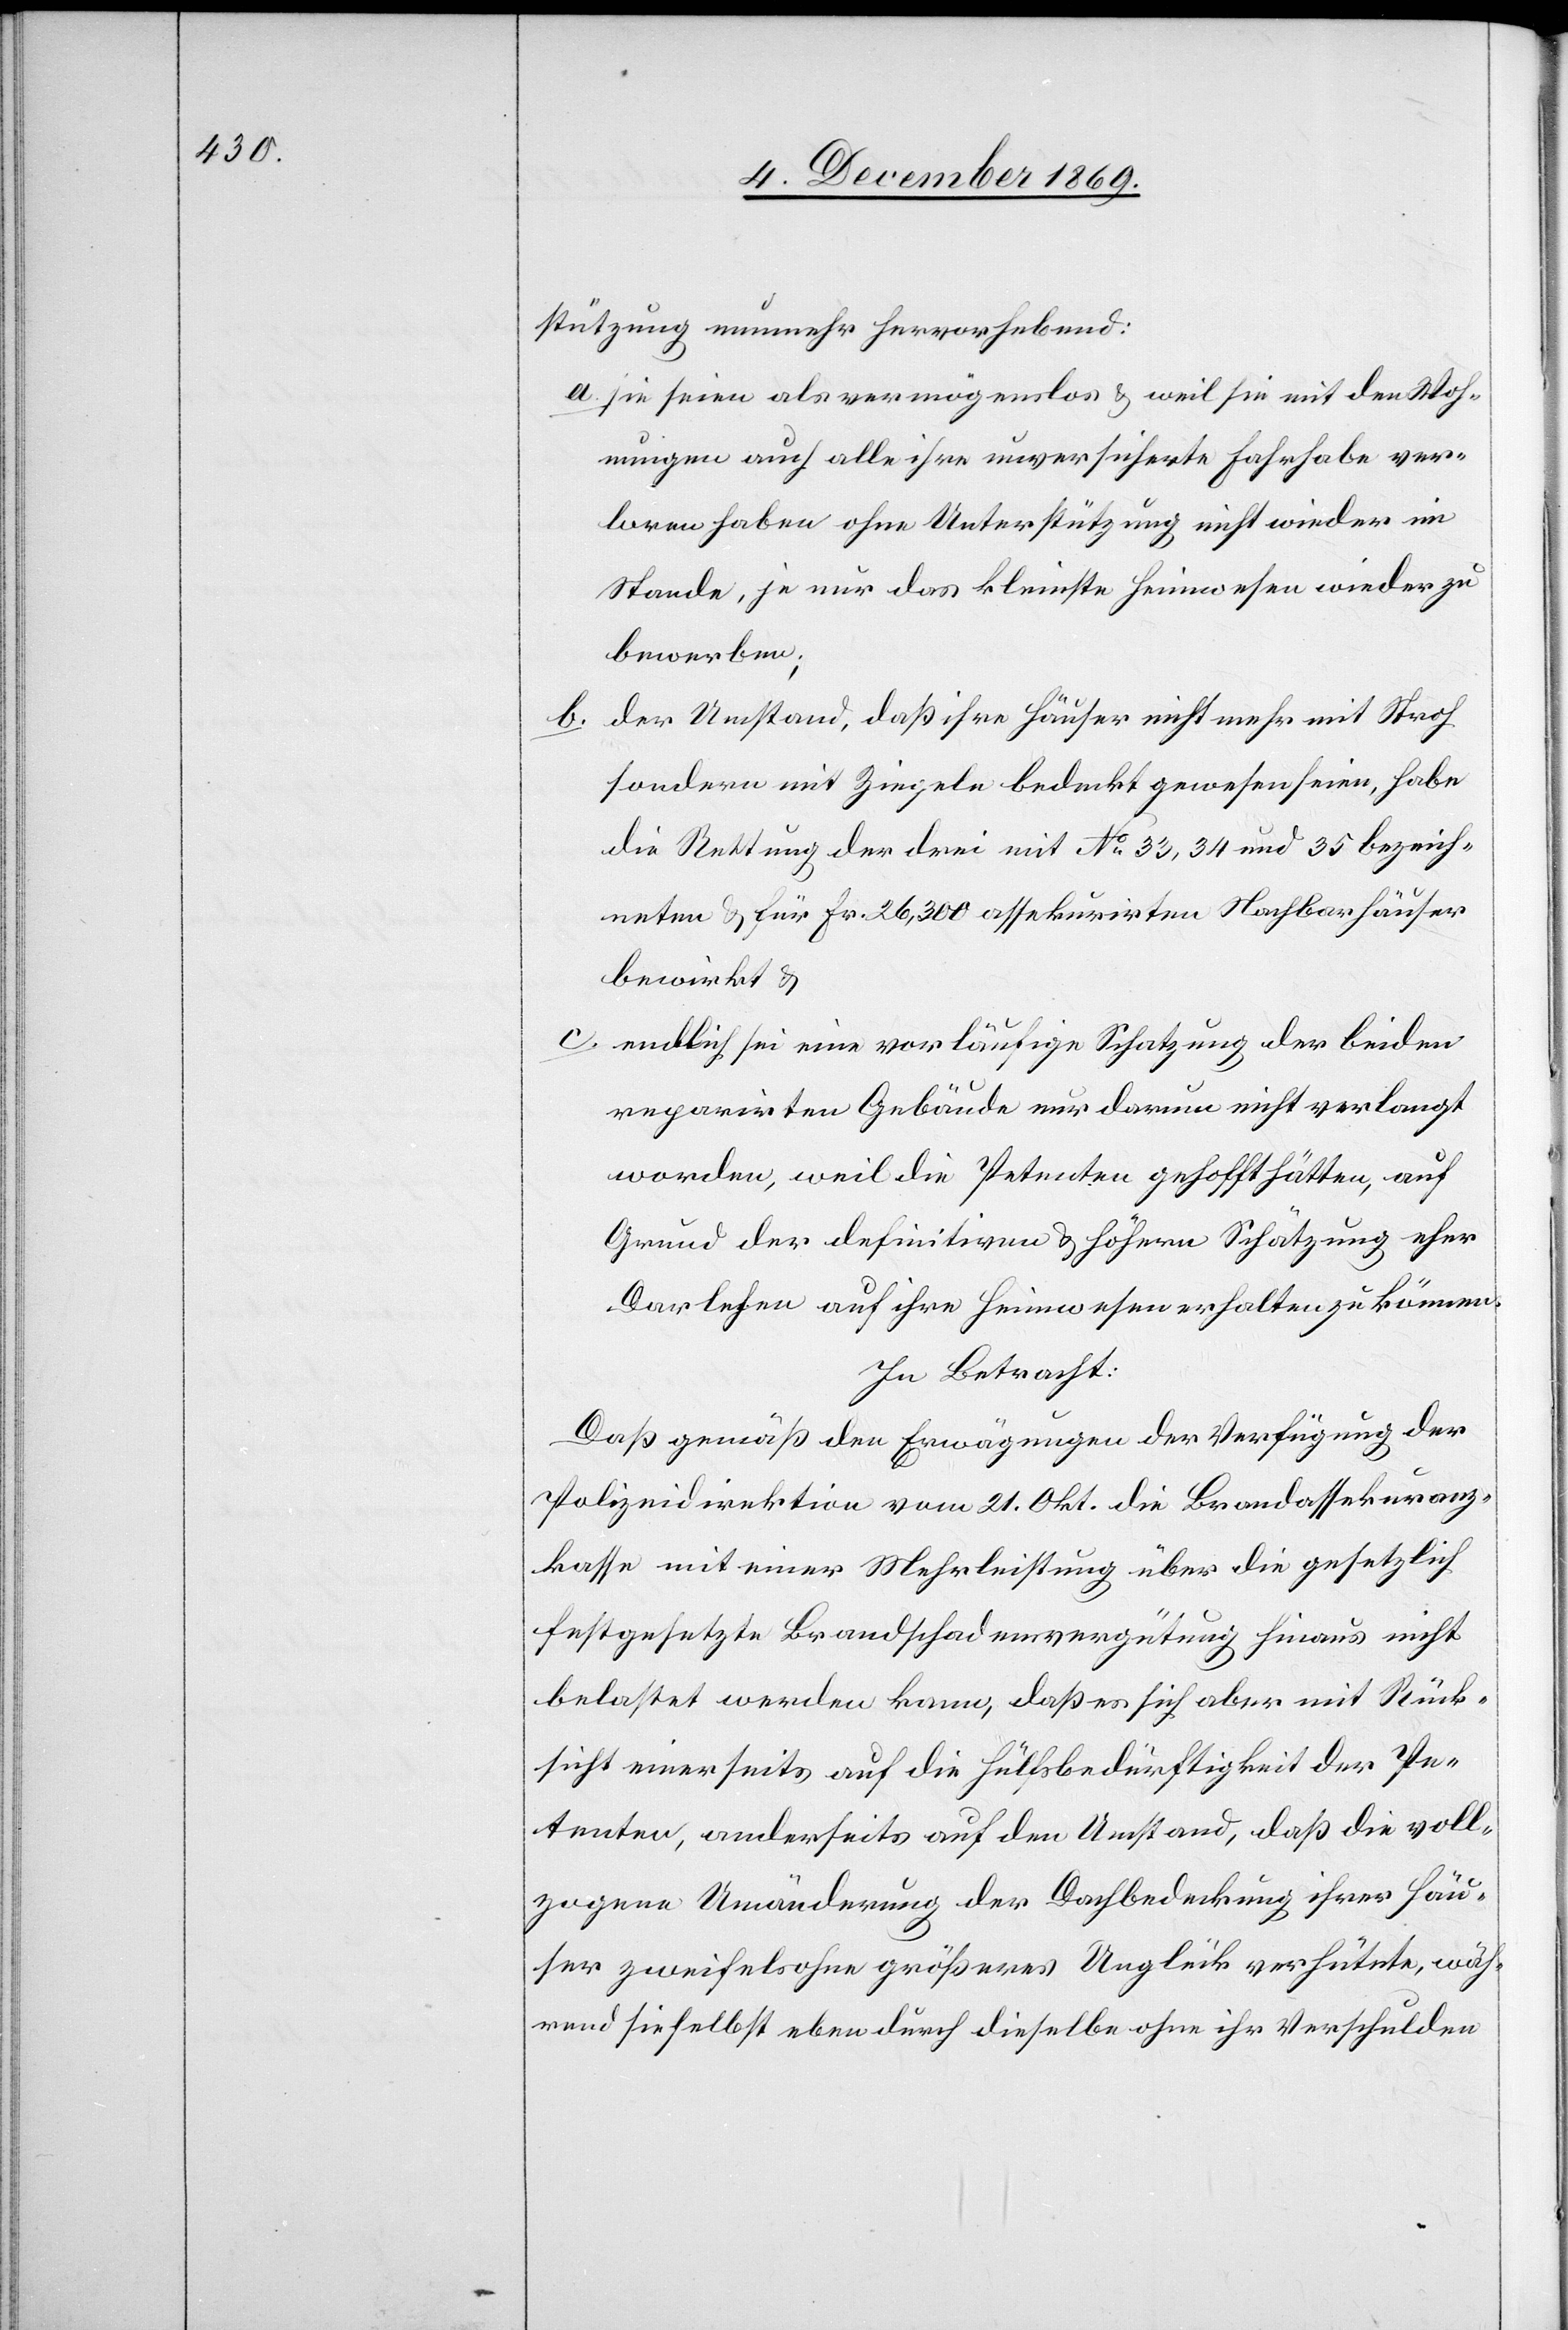
stützung nunmehr hervorhebend:
sie seien als vermögenslos & weil sie mit den Woh¬
nungen auch alle ihre unversicherte Fahrhabe ver¬
loren haben ohne Unterstützung nicht wieder im
Stande, je nur das kleinste Heimwesen wieder zu
bewerben;
der Umstand, daß ihre Häuser nicht mehr mit Stroh
b.
sondern mit Ziegeln bedeckt gewesen seien, habe
die Rettung der drei mit No 33, 34 und 35 bezeich¬
neten & für Fr. 26,300 assekur[r]irten Nachbarhäuser
bewirkt &
endlich sei eine vorläufige Schatzung der beiden
reparirten Gebäude nur darum nicht verlangt
worden, weil die Petenten gehofft hätten, auf
Grund der definitiven & höhern Schätzung eher
Darlehen auf ihre Heimwesen erhalten zu können.
In Betracht:
Daß gemäß den Erwägungen der Verfügung der
Polizeidirektion vom 21. Okt. die Brandassekuranz¬
kasse mit einer Mehrleistung über die gesetzlich
festgesetzte Brandschadensvergütung hinaus nicht
belastet werden kann, daß es sich aber mit Rück¬
sicht einerseits auf die Hülfsbedürftigkeit der Pe¬
tenten, anderseits auf den Umstand, daß die voll¬
zogene Umänderung der Dachbedeckung ihrer Häu¬
ser zweifelsohne größeres Unglück verhütete, wäh¬
rend sie selbst eben durch dieselbe ohne ihr Verschulden